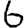
Digit: 6